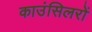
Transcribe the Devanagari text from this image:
काउंसिलरों